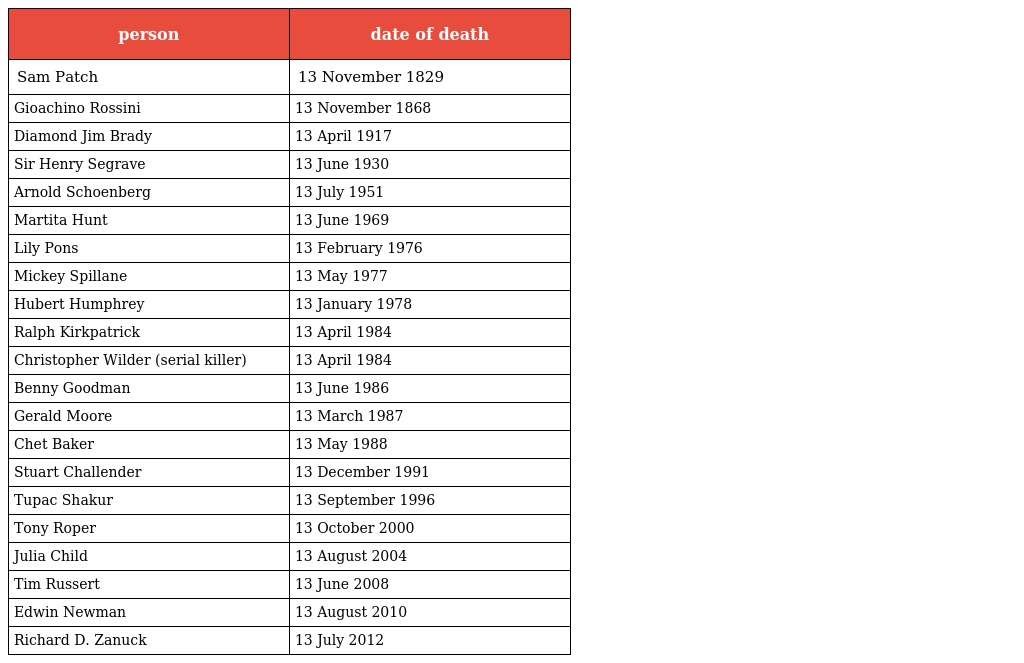
| person | date of death |
 | --- | --- |
 | Sam Patch | 13 November 1829 |
 | Gioachino Rossini | 13 November 1868 |
 | Diamond Jim Brady | 13 April 1917 |
 | Sir Henry Segrave | 13 June 1930 |
 | Arnold Schoenberg | 13 July 1951 |
 | Martita Hunt | 13 June 1969 |
 | Lily Pons | 13 February 1976 |
 | Mickey Spillane | 13 May 1977 |
 | Hubert Humphrey | 13 January 1978 |
 | Ralph Kirkpatrick | 13 April 1984 |
 | Christopher Wilder (serial killer) | 13 April 1984 |
 | Benny Goodman | 13 June 1986 |
 | Gerald Moore | 13 March 1987 |
 | Chet Baker | 13 May 1988 |
 | Stuart Challender | 13 December 1991 |
 | Tupac Shakur | 13 September 1996 |
 | Tony Roper | 13 October 2000 |
 | Julia Child | 13 August 2004 |
 | Tim Russert | 13 June 2008 |
 | Edwin Newman | 13 August 2010 |
 | Richard D. Zanuck | 13 July 2012 |